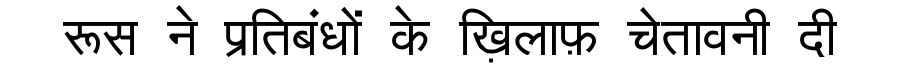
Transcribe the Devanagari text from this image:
रूस ने प्रतिबंधों के ख़िलाफ़ चेतावनी दी